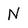
Character: N